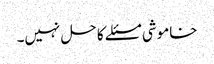
خاموشی مسئلے کا حل نہیں۔